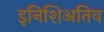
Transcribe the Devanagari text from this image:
इनिशिअतिव